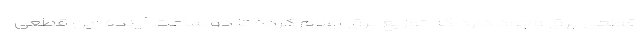
قطعی برق وجود دارد که توزیع برق اعلام کرده تا دو ساعت آینده این قطعی